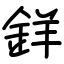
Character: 𨦡